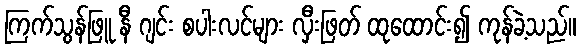
ကြက်သွန်ဖြူ နီ ဂျင်း စပါးလင်များ လှီးဖြတ် ထုထောင်း၍ ကုန်ခဲ့သည်။